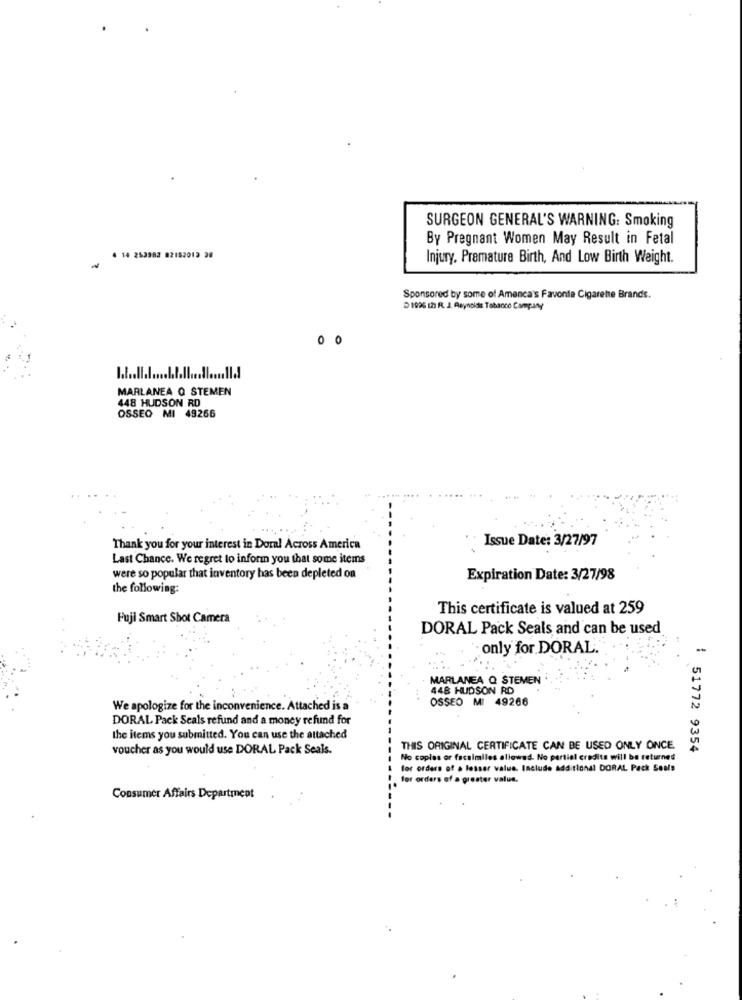
SURGEON GENERAL'S WARNING: Smoking
By Pregnant Women May Result in Fetal
# 14 253983 82152012 28
Injury, Premature Birth, And Low Birth Weight.
Sponsored by some of Amenca's Favorite Cigarette Brands.
D1926 th R. J. Reynolds Tabacco Company
00
MARLANEA O STEMEN
448 HUDSON RD
OSSEO MI 49266
.... ..
Issue Date: 3/27/97
Thank you for your interest in Doral Across America
Last Chance. We regret to inform you that some items
were so popular that inventory has been depleted on
Expiration Date: 3/27/98
the following:
This certificate is valued at 259
Fuji Smart Shot Camera
DORAL Pack Seals and can be used
only for DORAL.
MARLANEA Q STEMEN
448 HUDSON RD
OSSEO M: 49266
We apologize for the inconvenience. Attached is a
DORAL Pack Seals refund and a money refund for
the items you submitted. You can use the attached
voucher as you would use DORAL Pack Seals.
THIS ORIGINAL CERTIFICATE CAN BE USED ONLY ONCE
: 51772 9354
No coplas or facsimiles allowed. No partial credits will be returned
for orders of a lesser value. Include additional DORAL Pack Seals
for orders of a greater value.
Consumer Affairs Department